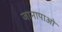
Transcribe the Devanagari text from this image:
जानापाओ